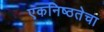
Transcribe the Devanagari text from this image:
एकनिष्ठतेचा